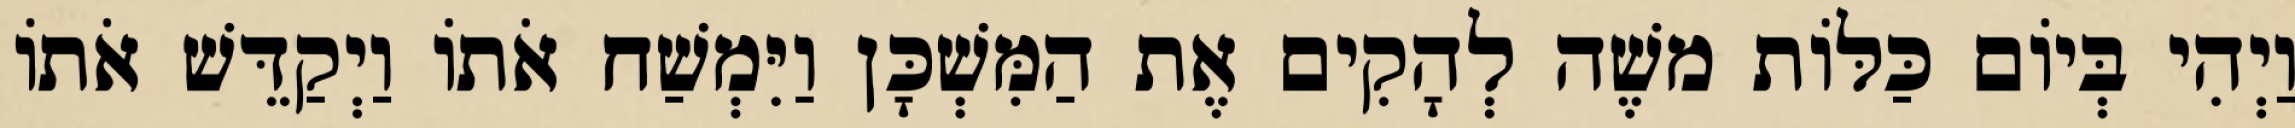
וַיְהִי בְּיוֹם כַּלּוֹת משֶׁה לְהָקִים אֶת הַמִּשְׁכָּן וַיִּמְשַׁח אֹתוֹ וַיְקַדֵּשׁ אֹתוֹ